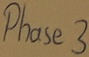
Text: Phase3